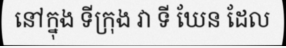
នៅក្នុង ទីក្រុង វា ទី ឃែន ដែល